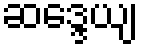
ဆဒ္ဒေယျ